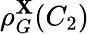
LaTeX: \rho_{G}^{\mathbf X}(C_{2})